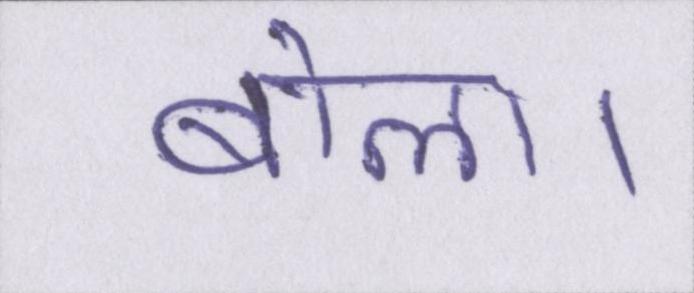
बोला।